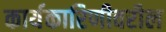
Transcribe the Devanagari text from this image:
कार्यकारिणीवरील